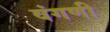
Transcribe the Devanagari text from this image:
वंगणी